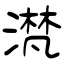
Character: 滼